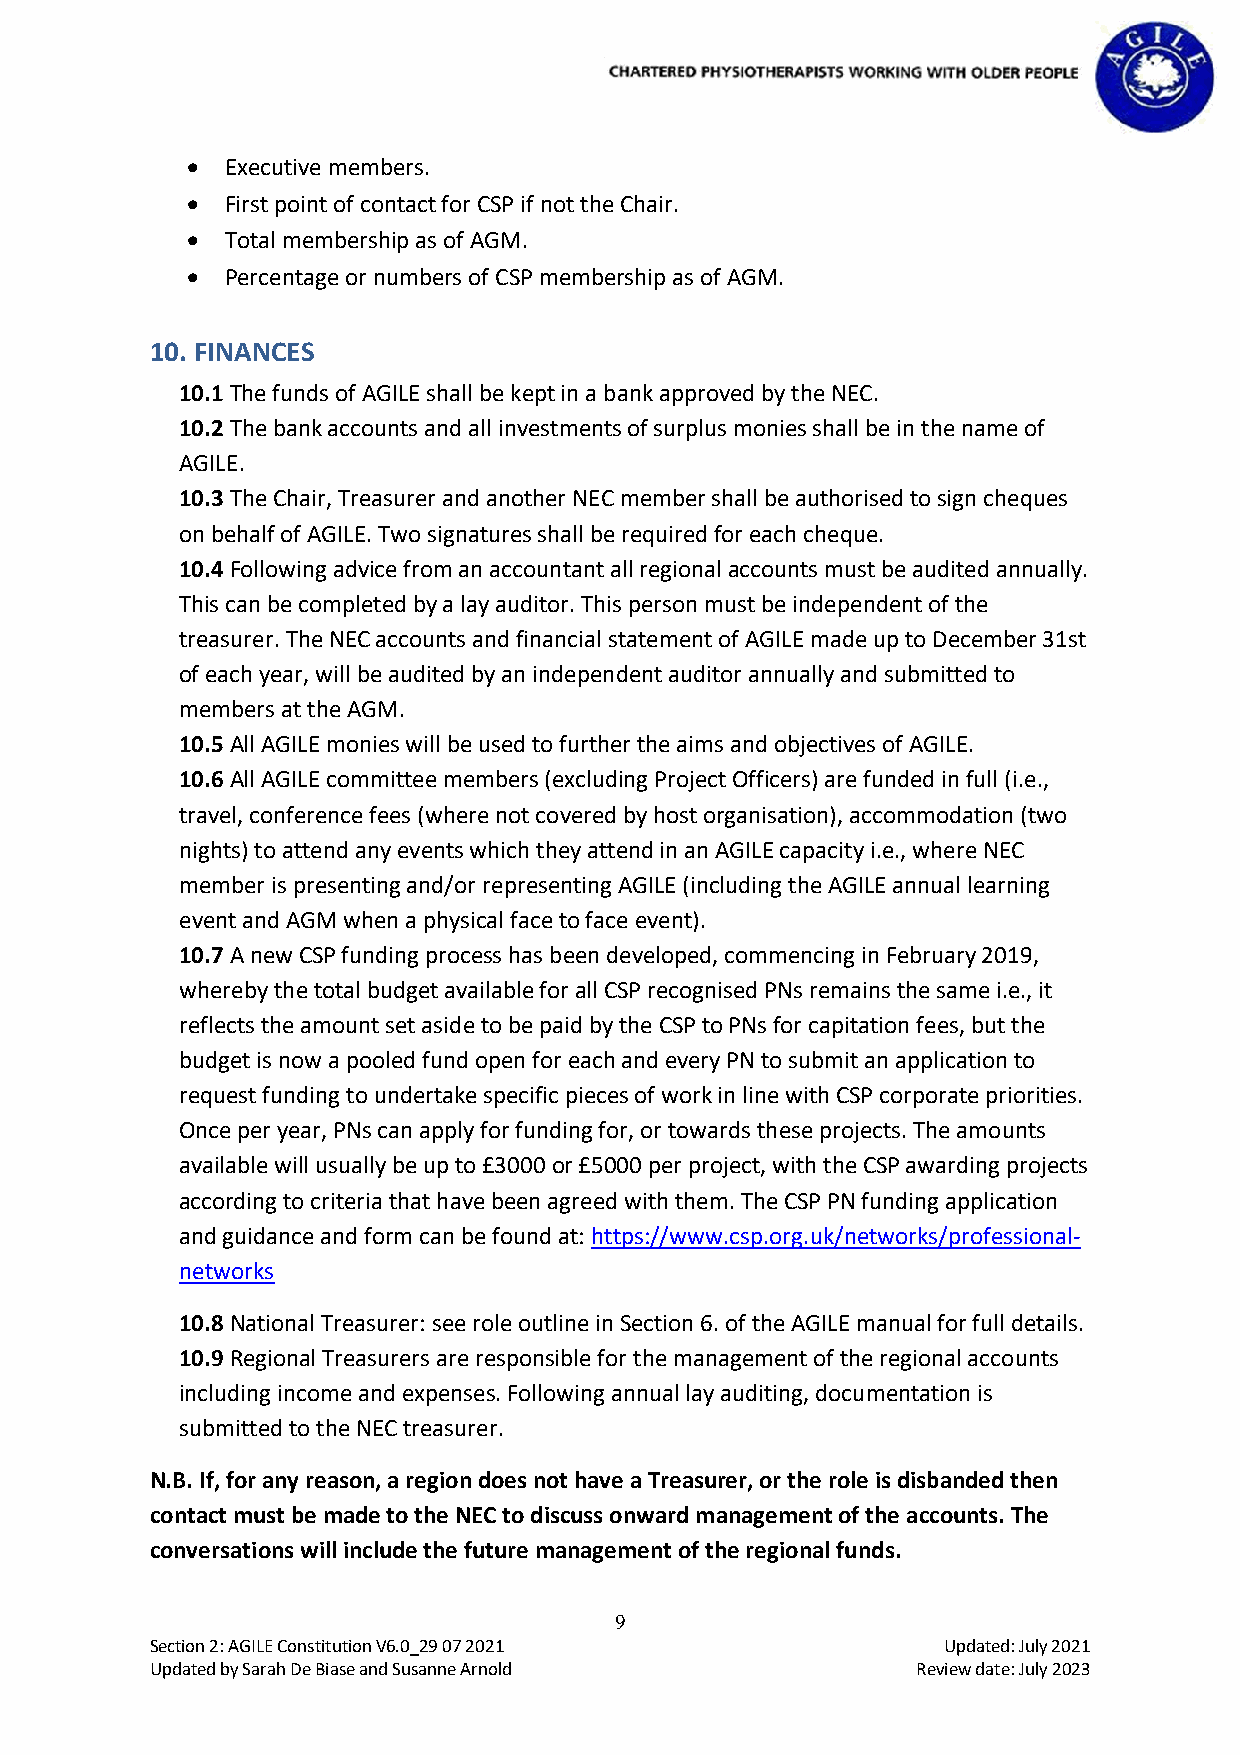
•  Executive members.
 •  First point of contact for CSP if not the Chair.
 •  Total membership as of AGM.
 •  Percentage or numbers of CSP membership as of AGM.
 10. FINANCES
 10.1 The funds of AGILE shall be kept in a bank approved by the NEC.
 10.2 The bank accounts and all investments of surplus monies shall be in the name of
 AGILE.
 10.3 The Chair, Treasurer and another NEC member shall be authorised to sign cheques
 on behalf of AGILE. Two signatures shall be required for each cheque.
 10.4 Following advice from an accountant all regional accounts must be audited annually.
 This can be completed by a lay auditor. This person must be independent of the
 treasurer. The NEC accounts and financial statement of AGILE made up to December 31st
 of each year, will be audited by an independent auditor annually and submitted to
 members at the AGM.
 10.5 All AGILE monies will be used to further the aims and objectives of AGILE.
 10.6 All AGILE committee members (excluding Project Officers) are funded in full (i.e.,
 travel, conference fees (where not covered by host organisation), accommodation (two
 nights) to attend any events which they attend in an AGILE capacity i.e., where NEC
 member is presenting and/or representing AGILE (including the AGILE annual learning
 event and AGM when a physical face to face event).
 10.7 A new CSP funding process has been developed, commencing in February 2019,
 whereby the total budget available for all CSP recognised PNs remains the same i.e., it
 reflects the amount set aside to be paid by the CSP to PNs for capitation fees, but the
 budget is now a pooled fund open for each and every PN to submit an application to
 request funding to undertake specific pieces of work in line with CSP corporate priorities.
 Once per year, PNs can apply for funding for, or towards these projects. The amounts
 available will usually be up to £3000 or £5000 per project, with the CSP awarding projects
 according to criteria that have been agreed with them. The CSP PN funding application
 and guidance and form can be found at: https://www.csp.org.uk/networks/professional-
 networks
 10.8 National Treasurer: see role outline in Section 6. of the AGILE manual for full details.
 10.9 Regional Treasurers are responsible for the management of the regional accounts
 including income and expenses. Following annual lay auditing, documentation is
 submitted to the NEC treasurer.
 N.B. If, for any reason, a region does not have a Treasurer, or the role is disbanded then
 contact must be made to the NEC to discuss onward management of the accounts. The
 conversations will include the future management of the regional funds.
 9
 Section 2: AGILE Constitution V6.0_29 07 2021       Updated: July 2021
 Updated by Sarah De Biase and Susanne Arnold       Review date: July 2023